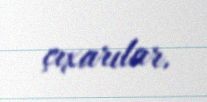
çıxarılar.